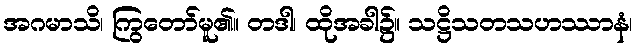
အဂမာသိ၊ ကြွတော်မူ၏။ တဒါ၊ ထိုအခါ၌။ သဋ္ဌိသတသဟဿာနံ၊